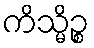
ကိသ္မိဉ္စ